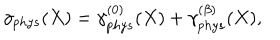
LaTeX: \gamma _ { p h y s } ( X ) = \gamma _ { p h y s } ^ { ( 0 ) } ( X ) + \gamma _ { p h y s } ^ { ( \beta ) } ( X ) ,